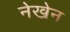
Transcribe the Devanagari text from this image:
नेखेन